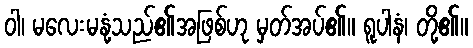
ဝါ၊ မလေးမနုံ့သည်၏အဖြစ်ဟု မှတ်အပ်၏။ ရူပါနံ၊ တို့၏။